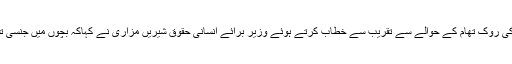
منگل کو بچوں پر جنسی تشدد کی روک تھام کے حوالے سے تقریب سے خطاب کرتے ہوئے وزیر برائے انسانی حقوق شیریں مزاری نے کہاکہ بچوں میں جنسی تشدد روز بروز بڑھنے لگا ہے۔